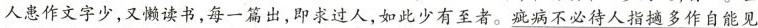
人患作文字少，又懒读书，每一篇出，即求过人，如此少有至者。疵病不必待人指摘多作自能见